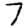
Digit: 7